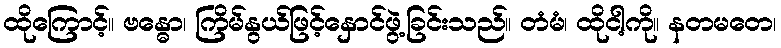
ထိုကြောင့်။ ဗန္ဓော၊ ကြိမ်နွယ်ဖြင့်နှောင်ဖွဲ့ခြင်းသည်။ တံမံ၊ ထိုငါ့ကို။ နတမတေ၊